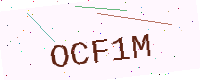
Text: OCF1M